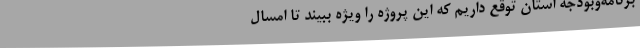
برنامه‌وبودجه استان توقع داریم که این پروژه را ویژه‌ ببیند تا امسال